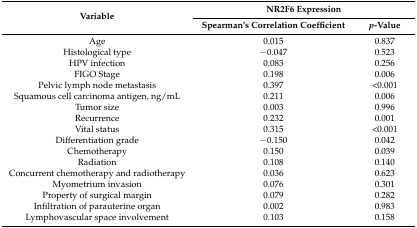
| <ROWSPAN=2> Variable | <COLSPAN=2> NR2F6 Expression |
 | Spearman’s Correlation Coefficient | p-Value |
 | --- | --- | --- |
 | Age | 0.015 | 0.837 |
 | Histological type | −0.047 | 0.523 |
 | HPV infection | 0.083 | 0.256 |
 | FIGO Stage | 0.198 | 0.006 |
 | Pelvic lymph node metastasis | 0.397 | <0.001 |
 | Squamous cell carcinoma antigen, ng/mL | 0.211 | 0.006 |
 | Tumor size | 0.003 | 0.996 |
 | Recurrence | 0.232 | 0.001 |
 | Vital status | 0.315 | <0.001 |
 | Differentiation grade | −0.150 | 0.042 |
 | Chemotherapy | 0.150 | 0.039 |
 | Radiation | 0.108 | 0.140 |
 | Concurrent chemotherapy and radiotherapy | 0.036 | 0.623 |
 | Myometrium invasion | 0.076 | 0.301 |
 | Property of surgical margin | 0.079 | 0.282 |
 | Infiltration of parauterine organ | 0.002 | 0.983 |
 | Lymphovascular space involvement | 0.103 | 0.158 |